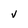
Character: V